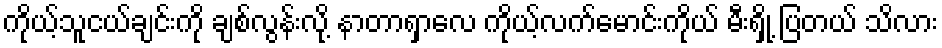
ကိုယ့်သူငယ်ချင်းကို ချစ်လွန်းလို့ နာတာရှာလေ ကိုယ့်လက်မောင်းကိုယ် မီးရှို့ ပြတယ် သိလား